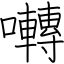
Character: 囀